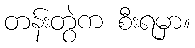
တန်းတွဲက စီးရမှာ။